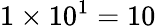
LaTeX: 1\times 10^{1}=10